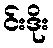
င်းဒိုး